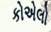
કોએલો